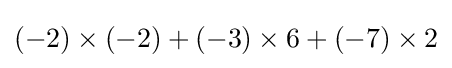
(-2)\times (-2)+(-3)\times 6+(-7)\times 2